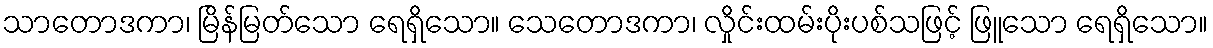
သာတောဒကာ၊ မြိန်မြတ်သော ရေရှိသော။ သေတောဒကာ၊ လှိုင်းထမ်းပိုးပစ်သဖြင့် ဖြူသော ရေရှိသော။